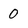
Character: 0